Riigikohus_(kohtuotsuste_protokollid), lk 12
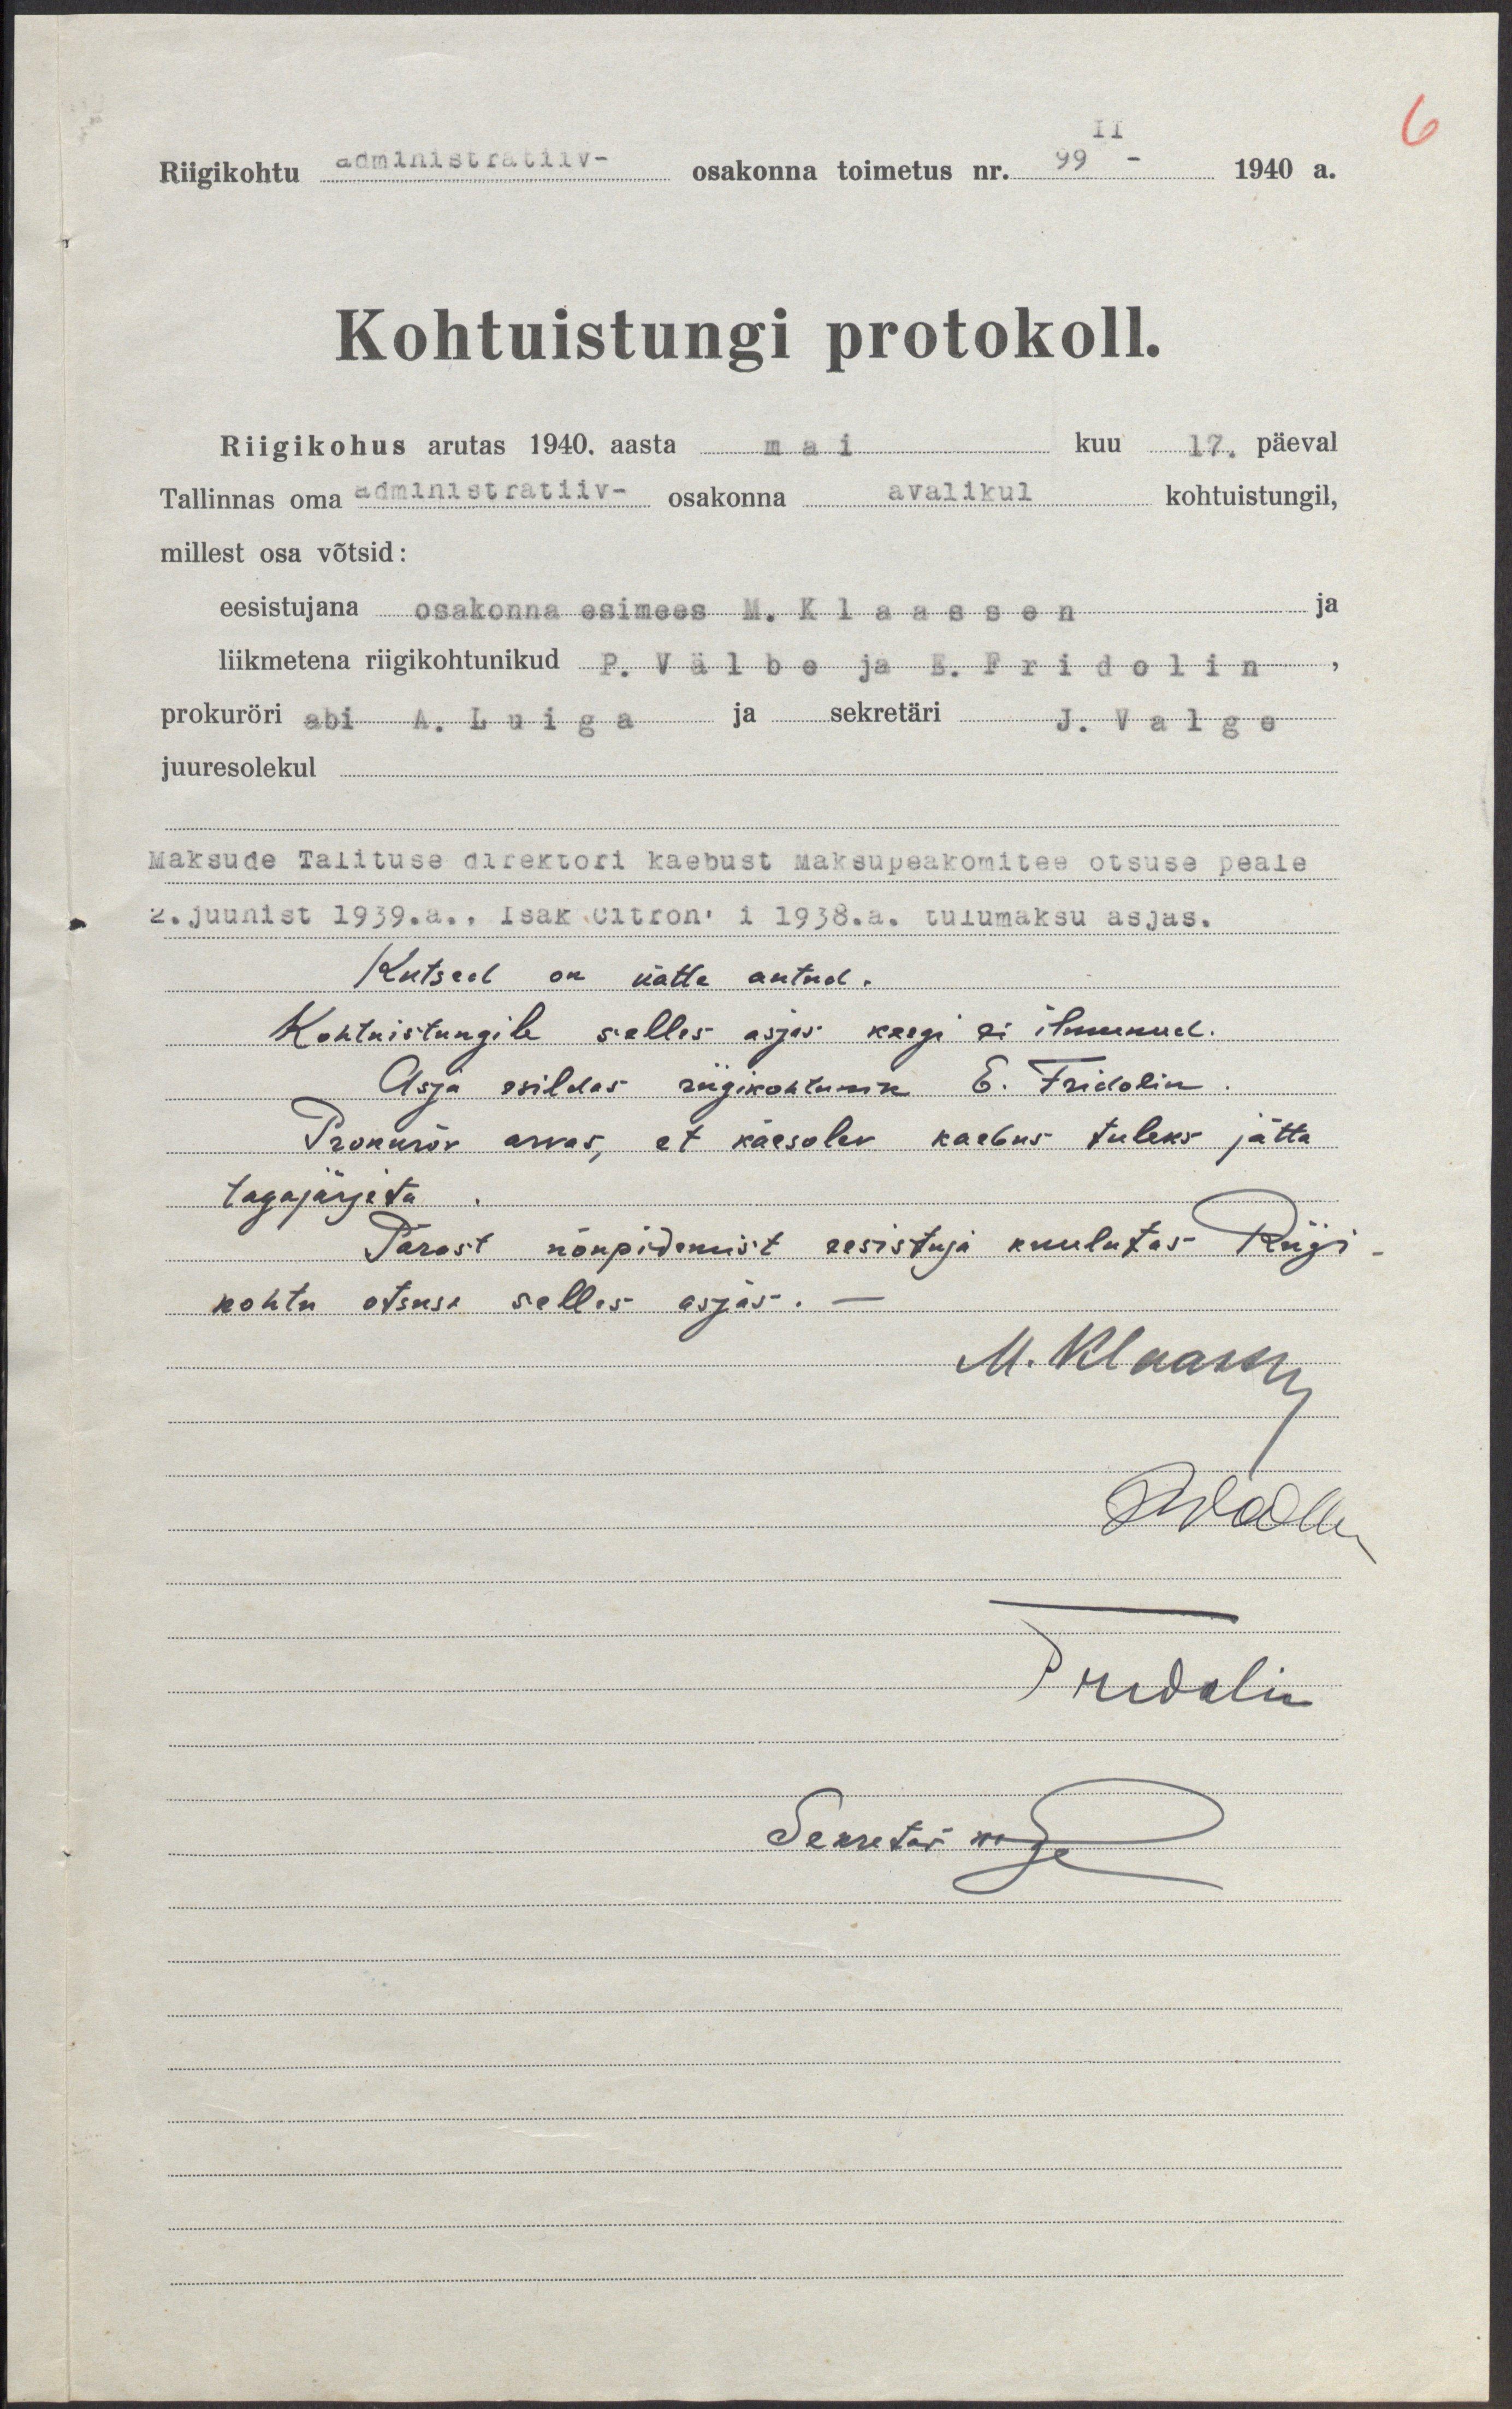
Riigikohtu. administratiiv- osakonna toimetus nr. 99 - 1940 a.
Kohtuistungi protokoll.
Riigikohus arutas 1940. aasta mai kuu 17. päeval
Tallinnas oma administratiiv- osakonna avalikul
kohtuistungil,
millest osa võtsid:
eesistujana osakonna esimees. M.Klaassen ja
liikmetena riigikohtunikud P. Välbe ja E. Fridolin
prokuröri abi. A. Luiga ja sekretäri J. Valge
juuresolekul.
Maksude Talituse direktori kaebust maksupeakomitee otsuse peale
2. Juunist 1939 .a., Isak Oltron'i 1938. a. tulumaksu asjas.
Kutsed on kätte antud.
Kohtuistungile selles asjas keegi ei ilmunud.
Asja esildas riigikohtunik E. Fridolin.
Prokurör arvas, et käesolev kaebus tuleks jätta
tagajärjeta.
Pärast nõupidamist eesistuja kuulutas Riigi
kohtu otsuse selles asjas.